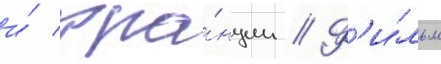
и́ фра́нции // Ф'и́льм